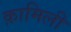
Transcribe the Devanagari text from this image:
क़ामिली